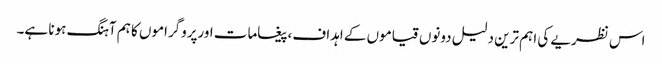
اس نظریے کی اہم ترین دلیل دونوں قیاموں کے اہداف،پیغامات اورپروگراموں کا ہم آہنگ ہونا ہے۔